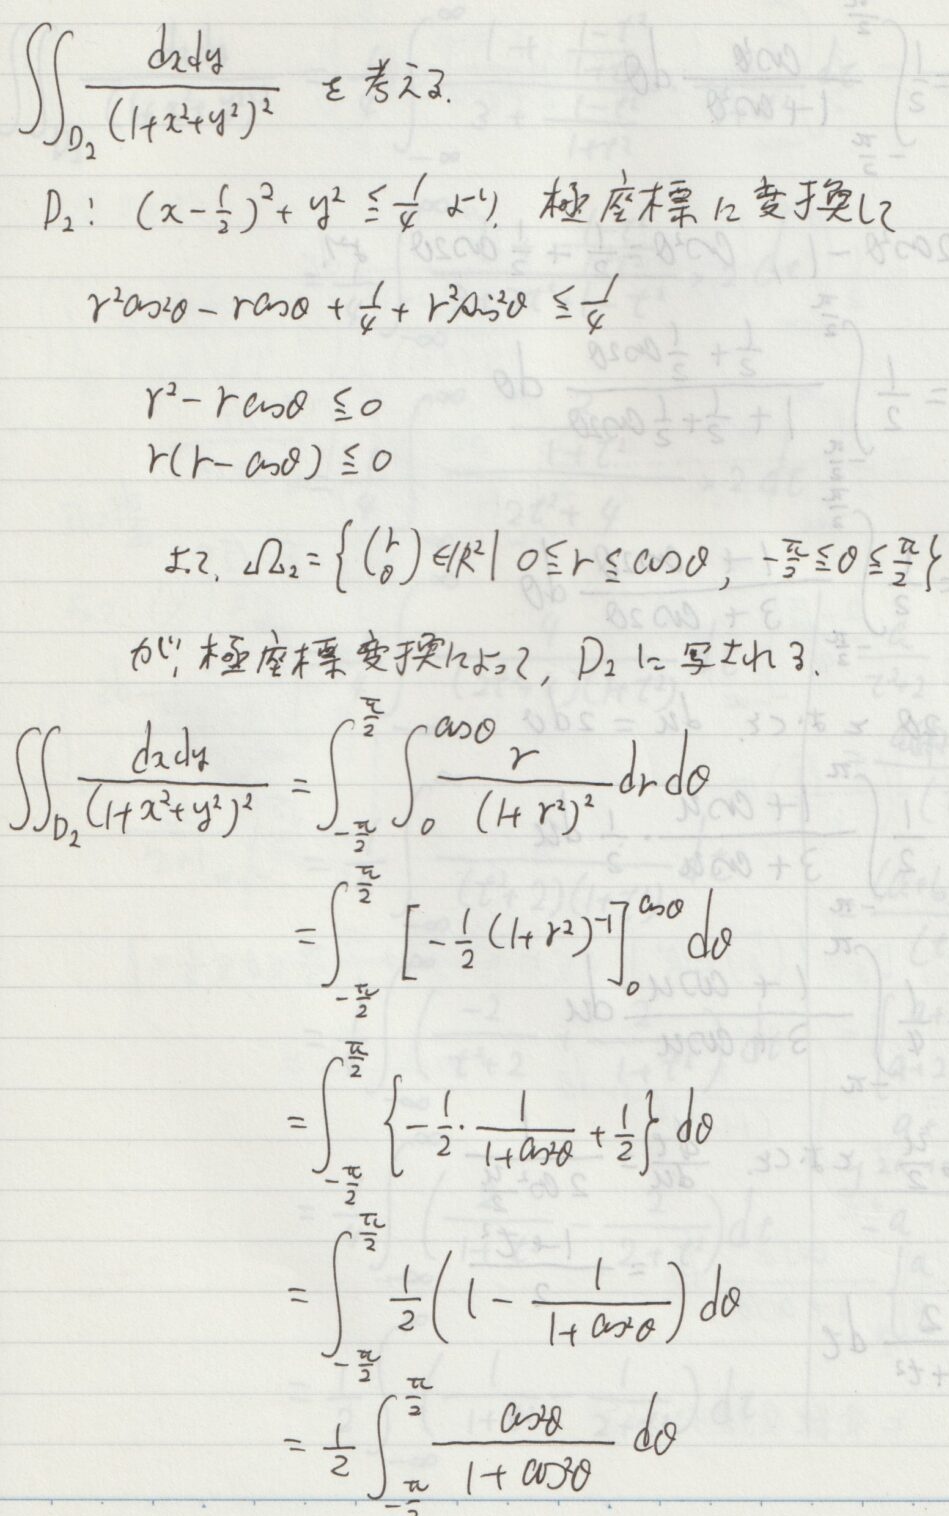
\[
\begin{align*}
&\iint_{D_2}\frac{dxdy}{(1 + x^{2}+y^{2})^{2}}\\
&D_2:(x - \frac{1}{2})^{2}+y^{2}\leq\frac{1}{4}\\
&r^{2}\cos^{2}\theta-r\cos\theta+\frac{1}{4}+r^{2}\sin^{2}\theta\leq\frac{1}{4}\\
&r^{2}-r\cos\theta\leq0\\
&r(r - \cos\theta)\leq0\\
&\text{So, }D_2=\left\{\left(\begin{array}{l}r\\\theta\end{array}\right)\in\mathbb{R}^{2}\mid0\leq r\leq\cos\theta,-\frac{\pi}{2}\leq\theta\leq\frac{\pi}{2}\right\}\\
&\iint_{D_2}\frac{dxdy}{(1 + x^{2}+y^{2})^{2}}=\int_{-\frac{\pi}{2}}^{\frac{\pi}{2}}\int_{0}^{\cos\theta}\frac{r}{(1 + r^{2})^{2}}drd\theta\\
&=\int_{-\frac{\pi}{2}}^{\frac{\pi}{2}}\left[-\frac{1}{2}(1 + r^{2})^{-1}\right]_{0}^{\cos\theta}d\theta\\
&=\int_{-\frac{\pi}{2}}^{\frac{\pi}{2}}\left\{-\frac{1}{2}\cdot\frac{1}{1+\cos^{2}\theta}+\frac{1}{2}\right\}d\theta\\
&=\int_{-\frac{\pi}{2}}^{\frac{\pi}{2}}\frac{1}{2}\left(1-\frac{1}{1+\cos^{2}\theta}\right)d\theta\\
&=\frac{1}{2}\int_{-\frac{\pi}{2}}^{\frac{\pi}{2}}\frac{\cos^{2}\theta}{1+\cos^{2}\theta}d\theta
\end{align*}
\]